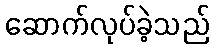
ဆောက်လုပ်ခဲ့သည်